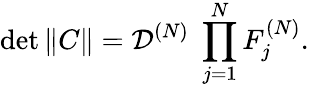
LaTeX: \operatorname*{det}\| C\| =\mathcal{D}^{(N)}\; \prod_{j=1}^{N}F_{j}^{(N)}.